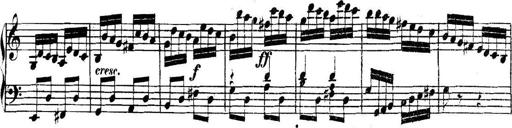
Title: Collected Piano Sonatas
Composer: Muzio Clementi